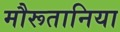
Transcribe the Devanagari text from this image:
मौरूतानिया